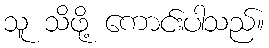
သူ သိဖို့ ကောင်းပါသည်။